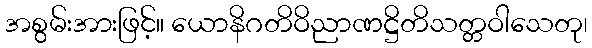
အစွမ်းအားဖြင့်။ ယောနိဂတိဝိညာဏဋ္ဌိတိသတ္တဝါသေတု၊